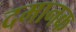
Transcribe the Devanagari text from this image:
दमानक